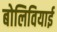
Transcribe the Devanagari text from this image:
बोलिवियाई